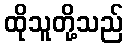
ထိုသူတို့သည်